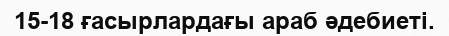
15-18 ғасырлардағы араб әдебиеті.